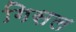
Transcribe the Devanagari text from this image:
गिसल